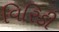
વિરિડી